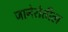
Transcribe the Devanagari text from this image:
जानेरोतील